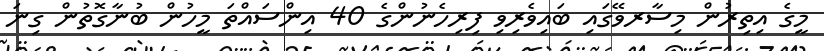
މީގެ އިތިރުން މިސާރވޭގައި ބައިވެރިވި ފިރިހެނުންގެ 40 އިންސައްތަ މީހުން ބުނާގޮތުން ގިނަ